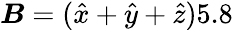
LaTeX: \boldsymbol{B}=(\hat{x}+\hat{y}+\hat{z})5.8